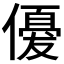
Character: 𬿲